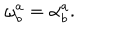
\mathbf { \omega } _ { b } ^ { a } = \mathbf { \alpha } _ { b } ^ { a } .